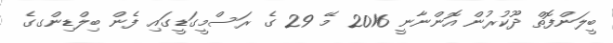
ބީލަންފޮތް ދޫކުރުން އޮންނާނީ 2016 މޭ 29 ގެ ރަސްމީގަޑީގައި ފެން ބިލްޑިންގގެ